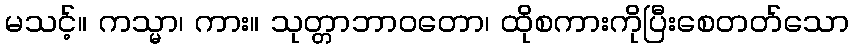
မသင့်။ ကသ္မာ၊ ကား။ သုတ္တာဘာဝတော၊ ထိုစကားကိုပြီးစေတတ်သော